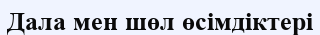
Дала мен шөл өсімдіктері